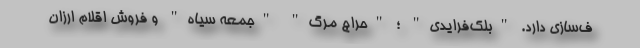
ف‌سازی دارد. "بلک‌فرایدی" ؛ "حراج مرگ" "جمعه سیاه" و فروش اقلام ارزان